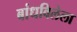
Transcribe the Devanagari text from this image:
बांधविलेला